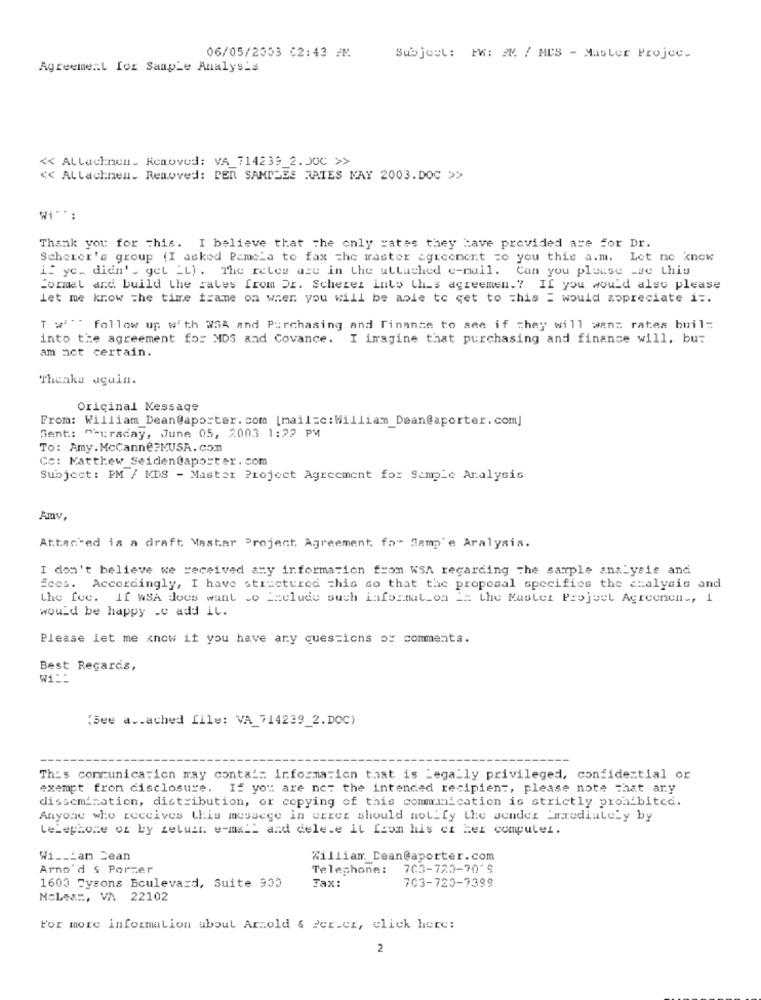
06/05/2003 02:43 PM
Subject: FW: 2M / MCS - Master Projec.
Agreement for Sample Analysis
<< Allacknon. Removed: VA_714239_2.300 >>
<< Allachnen. Removed: PER SAMPLES RATES MAY 2003.DOC >>
Wi **:
Thank you for This. I believe that The only cates they have provided are for Dr.
Scherer's group (I asked Pamela to fax the master agreement =o you this a.m. Let ne know
il ye. didn' _ get _L) . The reles asu in the attached e-mail. Can you please see this
Conmal and build the sales from Dr. Scherer into this agreemen .? If you would also please
Let me know the time frame on when you will be able to get to =his = would appreciate i :.
T w " follow up with WSA and Purchasing and Finance to see if They will wan: rates buil=
into the agreement for MDS and Covance. I imagine that purchasing and finance will, bu:
am act certain.
Thanks again.
Original Message
From: William Dean@aporter. com [mail=c: William_Dean@aporter. com]
Sent: "curaday, June 05, 2003 1:22 PM
To: Amy.McCanne?MUSA. com
Co: Matthew Seiden@aporter. com
Subject : PM / KDS - Master Project Agreement for Sample Analysis
Amv,
Attached is a draft Mastar Project. Agreement. fo- Samp'e Aralysis.
I don't believe we received any information from WSA regarding the sample analysis and
Ecos. Accordingly, I have structured =his so that the proposal specifies the analysis and
the fee. If WSA does want to Laclude such information i: the Master Project Agreenen -, 1
would be happy .c add il.
Please let me know if you have any questions or comments.
Best Regards,
W1 ::
(See a .. ached file: VA_714239_2.DOC)
This communication may conta'= information that is Legally privileged, confidential or
exempt from disclosure. If you are not the intended recipient, please note that ary
dissemination, distribution, or copying of this communication is strictly prohibited.
Anyone who receives this message in error should notify the sender immediately by
telephone or by zelwir e-mail and delete it from his or Her compulei.
Wi ___ am Jean
William. Dean@aporter.com
Arno'd $ Porzer
Telephone: 703-720-70'9
703-720-7399
1600 Tysons Boulevard, Suite 903
Tax:
MoLea :, VA 22102
For more information about Arzold & Per.cz, click here:
2